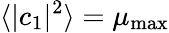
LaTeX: \langle\vert c_{1}\vert^{2}\rangle=\mu_{\mathrm{max}}